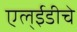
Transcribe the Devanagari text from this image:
एल्‌ईडीचे